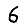
Digit: 6